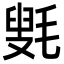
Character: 㲣